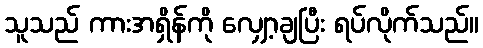
သူသည် ကားအရှိန်ကို လျှော့ချပြီး ရပ်လိုက်သည်။